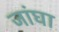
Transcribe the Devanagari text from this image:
जांघा